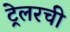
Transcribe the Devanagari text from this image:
ट्रेलरची